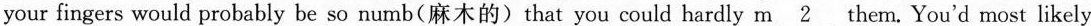
your fingers would probably be so numb(麻木的)that you could hardly \underline{m 2} them. You'd most likely